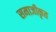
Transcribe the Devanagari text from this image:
समाजीकृत